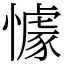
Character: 懅